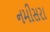
નમીસરા